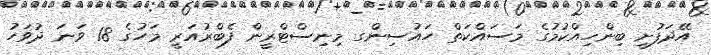
އޭދަފުށީ ބިންހިއްކުމުގެ މަސައްކަތް ހައުސިންގ މިނިސްޓްރީން ފެބްރުއަރީ މަހުގެ 18 ވަނަ ދުވަހު